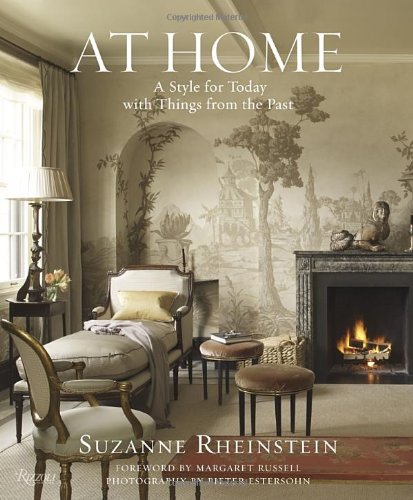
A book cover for At Home: A Style for Today with Things from the Past; Suzanne Rheinstein; Crafts, Hobbies & Home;